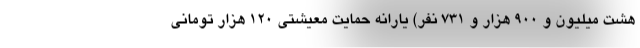
هشت میلیون و ۹۰۰ هزار و ۷۳۱ نفر) یارانه حمایت معیشتی ۱۲۰ هزار تومانی